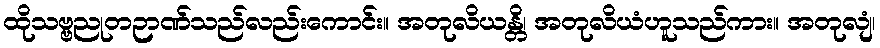
ထိုသဗ္ဗညုတဉာဏ်သည်လည်းကောင်း။ အတုလိယန္တိ၊ အတုလိယံဟူသည်ကား။ အတုလျံ၊